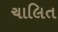
ચાલિત